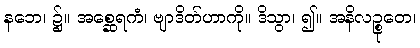
နဘေ၊ ၌။ အစ္ဆေရကံ၊ ဗျာဒိတ်ဟာကို။ ဒိသွာ၊ ၍။ အနိလဉ္စုတေ၊